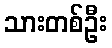
သားတစ်ဦး